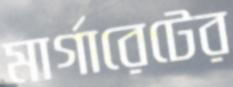
মার্গারেটের